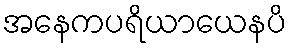
အနေကပရိယာယေနပိ